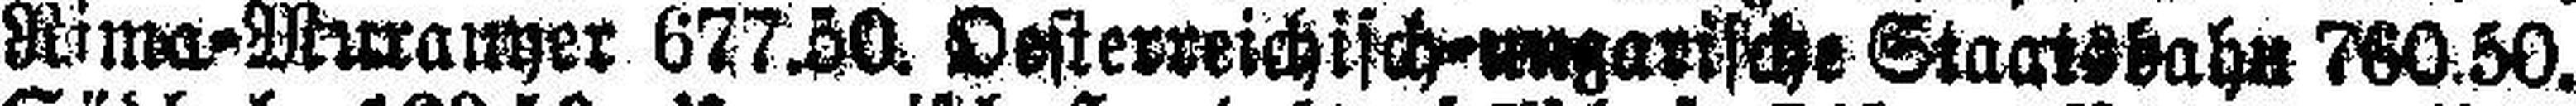
Nime=Muranyer 677.50. Oesterreichisch=ungarische Staatsbahn 760.50.